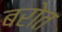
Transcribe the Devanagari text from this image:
बरोत